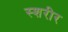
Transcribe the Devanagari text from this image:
स्शरीर